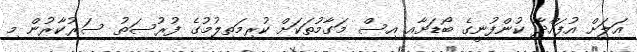
އަލަށް އުފައްދާ ކުންފުނީގެ ބޯޑަށާއި އިސް މަގާމުތަކަށް ކުރިމަތިލުމުގެ ފުރުސަތު ސަރުކާރުން މި